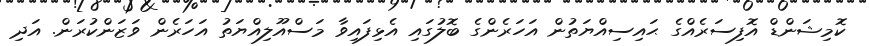
ކޮމިޝަންޑް އޮފިސަރެއްގެ ޙައިސިއްޔަތުން އަހަރެންގެ ބޮލުގައި އެޅިފައިވާ މަސްއޫލިއްޔަތު އަހަރެން ވަޒަންކުރަން. އަދި